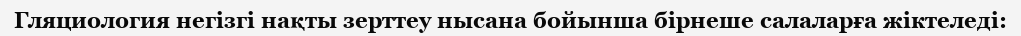
Гляциология негiзгi нақты зерттеу нысана бойынша бiрнеше салаларға жiктеледi: